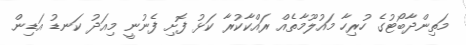
މަތިންދާބޯޓުގެ ހުރިހާ މައުލޫމާތެއް ރައްކާކުރާ ކަޅު ފޮށި ފެނުނީ މިއަދު ކަނޑު އަޑިން